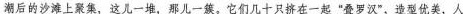
潮后的沙滩上聚集，这儿一堆，那儿一簇。它们几十只挤在一起”叠罗汉”，造型优美，人